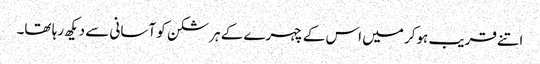
اتنے قریب ہوکر میں اس کے چہرے کے ہر شکن کو آسانی سے دیکھ رہا تھا۔